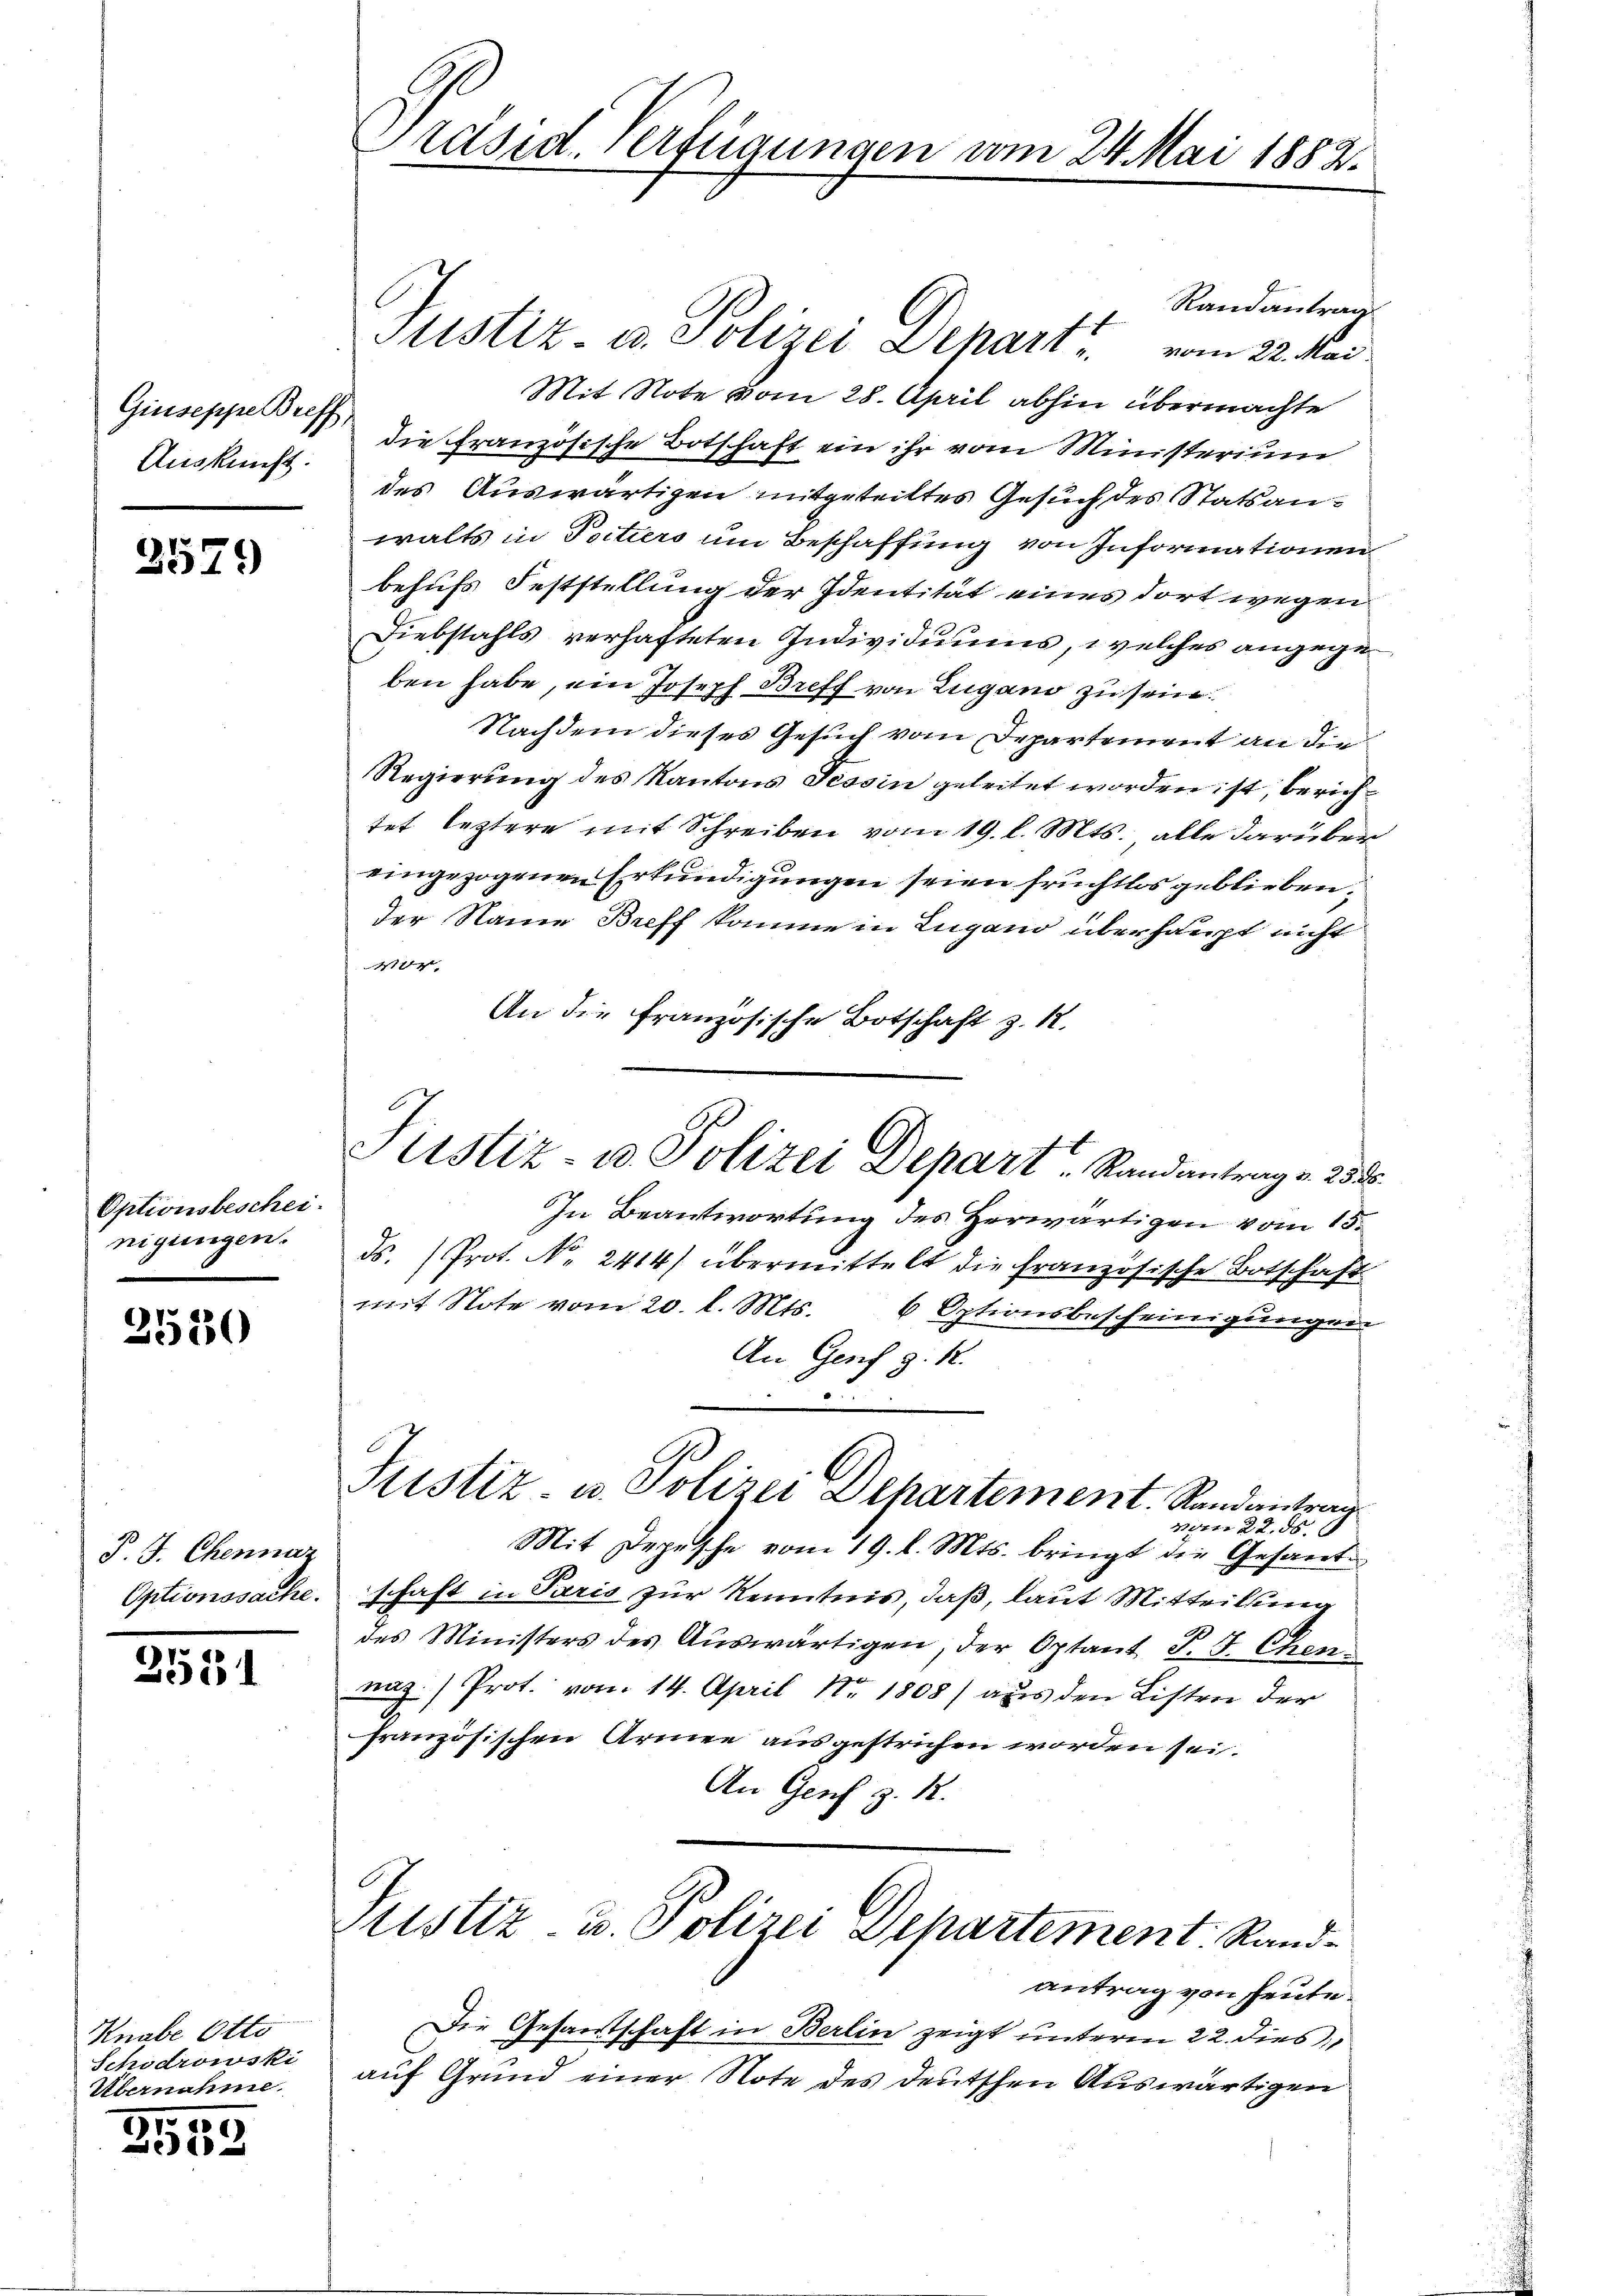
Giuseppe Breff
Auskunft.

2579)

Optionsbeschei
nigungen.

2530

P. J. Chennaz
Optionssache.

2551

Knabe Otto
Schödrowski
Übernahme
1 000

5
2

Präsid. Verfügungen vom 24. Mai 1882.

Randantrag
Stistiz- u. Polizei Depart vom 22. Mai.
Mit Note vom 28. April abhin übermachte
die Französische Botschaft ein ihr vom Ministerium
des Auswärtigen mitgetrittes Gesuch des Statsanwalts in Poitiers um Beschaffung von Informationen
behufs Feststellung der Identität eines dort wegen
Diebstahls verhafteten Individuums, welches angegeben habe, ein Joseph Breff von Zugano zu sein.
Nachdem dieses Gesuch vom Departement an die
Regierung des Kantons Tessin geleitet worden ist, berichtet leztere mit Schreiben vom 19. l. Mts. alle darüber
eingezogenen Erkundigungen seien fruchtlos geblieben,
der Name Breff komme in Lugano überhaupt nicht

An die französische Botschaft z. R.
Justiz u. Polizei Depart. Randantrag v. 285.
In Beantwortung des Herwärtigen vom 15.
ds. (Prot. No. 2414) übermittelt die französische Botschaft
mit Note vom 20. l. Mts. 6 Optionsbescheinigungen
An Genf z. R.
Justiz- u. Polizei Departement. Randantrag
ven 22. 58. 6
Mit Depesche vom 19. l. Mts. bringt die Gesante
schaft in Paris zur Kenntnis, daß, laut Mitteilung
des Ministers des Aŭswärtigen, der Optant J. J. Chen-
naz.) Prot. vom 14. April Nr. 1808) aus den Listen der
französischen Armee ausgestrichen worden sei.
An Genf z. R.

Justiz u. Polizei Departement Rand¬

antrag von heute.
Die Gesantschaft in Berlin zeigt unterm 22. dies
auf Grund einer Note des deutschen Auswärtigen